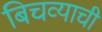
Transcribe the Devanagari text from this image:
बिचव्याची